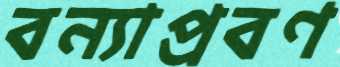
বন্যাপ্রবণ